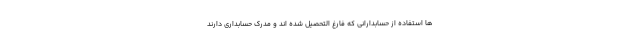
ها استفاده از حسابدارانی که فارغ التحصیل شده اند و مدرک حسابداری دارند